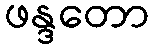
ဖန္ဒတော